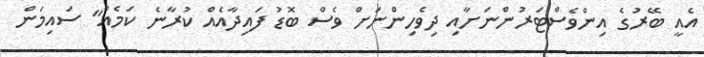
އެއީ ބޭރުގެ އިންވެސްޓަރުންނަށާއި ދިވެހިންނަށް ވެސް ބޮޑު ފައިދާއެއް ކުރާނެ ކަމެއް" ސައިމަން